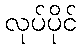
လုပ်ပိုင်